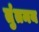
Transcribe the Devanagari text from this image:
तुंतमय